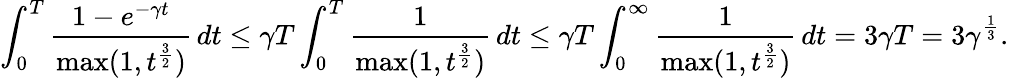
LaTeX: \int_{0}^{T}\frac{1-e^{-\gamma t}}{\operatorname*{max}(1,t^{\frac{3}{2}})}\, dt\leq\gamma T\int_{0}^{T}\frac{1}{\operatorname*{max}(1,t^{\frac{3}{2}})}\, dt\leq\gamma T\int_{0}^{\infty}\frac{1}{\operatorname*{max}(1,t^{\frac{3}{2}})}\, dt=3\gamma T=3\gamma^{\frac{1}{3}}.